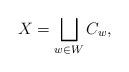
LaTeX: \begin{align*}X = \bigsqcup_{w\in W} C_w, \end{align*}